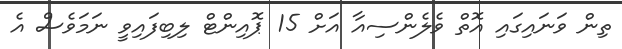
ތިން ވަނައިގައި އޮތް ވެލެންސިއާ އަށް 15 ޕޮއިންޓް ލިބިފައިވީ ނަމަވެސް އެ